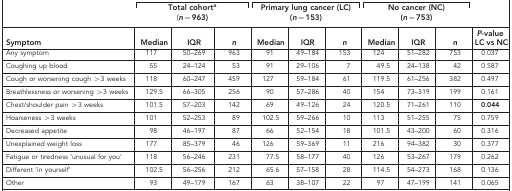
<table><thead><tr><td><b> </b></td><td colspan="3"><b>Total cohorta (<i>n</i>=963)</b></td><td colspan="3"><b>Primary lung cancer (LC) (<i>n</i>=153)</b></td><td colspan="3"><b>No cancer (NC) (<i>n</i>=753)</b></td><td><b> </b></td></tr><tr><td><b>Symptom</b></td><td><b>Median</b></td><td><b>IQR</b></td><td><b><i>n</i></b></td><td><b>Median</b></td><td><b>IQR</b></td><td><b><i>n</i></b></td><td><b>Median</b></td><td><b>IQR</b></td><td><b><i>n</i></b></td><td><b><i>P</i>-value LC vs NC</b></td></tr></thead><tbody><tr><td>Any symptom</td><td>117</td><td>50–269</td><td>963</td><td>91</td><td>49–184</td><td>153</td><td>124</td><td>51–282</td><td>753</td><td>0.037</td></tr><tr><td>Coughing up blood</td><td>55</td><td>24–124</td><td>53</td><td>91</td><td>29–106</td><td>7</td><td>49.5</td><td>24–138</td><td>42</td><td>0.587</td></tr><tr><td>Cough or worsening cough &gt;3 weeks</td><td>118</td><td>60–247</td><td>459</td><td>127</td><td>59–184</td><td>61</td><td>119.5</td><td>61–256</td><td>382</td><td>0.497</td></tr><tr><td>Breathlessness or worsening &gt;3 weeks</td><td>129.5</td><td>66–305</td><td>256</td><td>90</td><td>57–286</td><td>40</td><td>154</td><td>73–319</td><td>199</td><td>0.161</td></tr><tr><td>Chest/shoulder pain &gt;3 weeks</td><td>101.5</td><td>57–203</td><td>142</td><td>69</td><td>49–126</td><td>24</td><td>120.5</td><td>71–261</td><td>110</td><td><b>0.044</b></td></tr><tr><td>Hoarseness &gt;3 weeks</td><td>101</td><td>52–253</td><td>89</td><td>102.5</td><td>59–266</td><td>10</td><td>113</td><td>51–255</td><td>75</td><td>0.759</td></tr><tr><td>Decreased appetite</td><td>98</td><td>46–197</td><td>87</td><td>66</td><td>52–154</td><td>18</td><td>101.5</td><td>43–200</td><td>60</td><td>0.316</td></tr><tr><td>Unexplained weight loss</td><td>177</td><td>85–379</td><td>46</td><td>126</td><td>59–369</td><td>11</td><td>216</td><td>94–382</td><td>30</td><td>0.377</td></tr><tr><td>Fatigue or tiredness ‘unusual for you&#x27;</td><td>118</td><td>56–246</td><td>231</td><td>77.5</td><td>58–177</td><td>40</td><td>126</td><td>53–267</td><td>179</td><td>0.262</td></tr><tr><td>Different ‘in yourself&#x27;</td><td>102.5</td><td>56–256</td><td>212</td><td>65.6</td><td>57–158</td><td>28</td><td>114.5</td><td>54–273</td><td>168</td><td>0.136</td></tr><tr><td>Other</td><td>93</td><td>49–179</td><td>167</td><td>63</td><td>38–107</td><td>22</td><td>97</td><td>47–199</td><td>141</td><td>0.065</td></tr></tbody></table>